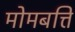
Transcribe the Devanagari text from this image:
मोमबत्ति